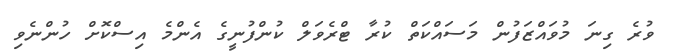
ވުރެ ގިނަ މުވައްޒަފުން މަސައްކަތް ކުރާ ޓްރެވަލް ކުންފުނީގެ އެންމެ އިސްކޮށް ހުންނެވި